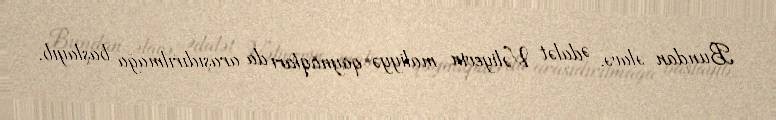
Bundan əlavə, Ədalət Vəliyevin maliyyə qaynaqları da araşıdırılmağa başlayıb.